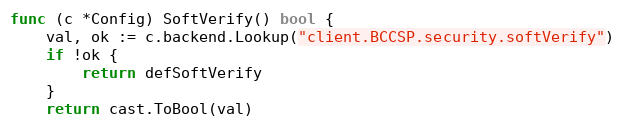
Language: Go
func (c *Config) SoftVerify() bool {
	val, ok := c.backend.Lookup("client.BCCSP.security.softVerify")
	if !ok {
		return defSoftVerify
	}
	return cast.ToBool(val)